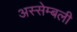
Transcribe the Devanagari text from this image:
अस्सेम्बली